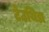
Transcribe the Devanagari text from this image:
टेउथिडा